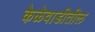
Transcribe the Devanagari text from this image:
केळेवाडीतील